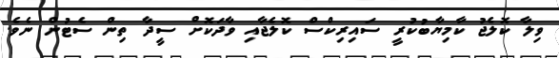
ވިލާ ކޮލެޖު ކާމިޔާބުކުރީ ސައިރިކްސް ކޮލެޖާއި ވާދަކޮށް ސީދާ ތިން ސެޓުން ނެވެ.